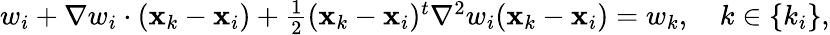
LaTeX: \begin{array}{r}{w_{i}+{\nabla}w_{i}\cdot({\mathbf x}_{k}-{\mathbf x}_{i})+\frac{1}{2}({\mathbf x}_{k}-{\mathbf x}_{i})^{t}{\nabla}^{2}w_{i}({\mathbf x}_{k}-{\mathbf x}_{i})=w_{k},\quad k\in\{ k_{i}\} ,}\end{array}